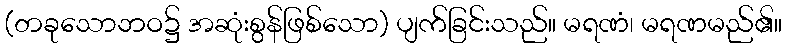
(တခုသောဘဝ၌ အဆုံးစွန်ဖြစ်သော) ပျက်ခြင်းသည်။ မရဏံ၊ မရဏမည်၏။